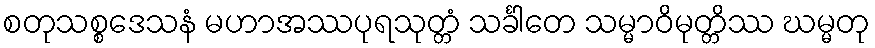
စတုသစ္စဒေသနံ မဟာအဿပုရသုတ္တံ သင်္ခါတေ သမ္မာဝိမုတ္တိဿ ဃမ္မတု